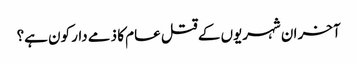
آخر ان شہریوں کے قتل عام کا ذمے دار کون ہے؟